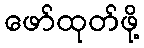
ဖော်ထုတ်ဖို့